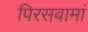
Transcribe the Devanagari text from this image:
पिरसवामां